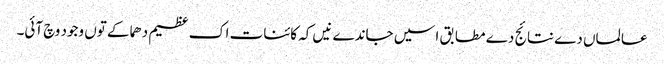
عالماں دے نتائج دے مطابق اسیں جاندے نیں کہ کائنات اک عظیم دھماکے تو‏ں وجود وچ آئی۔